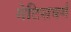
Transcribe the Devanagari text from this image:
गेटिसबर्ग